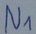
Text: N1